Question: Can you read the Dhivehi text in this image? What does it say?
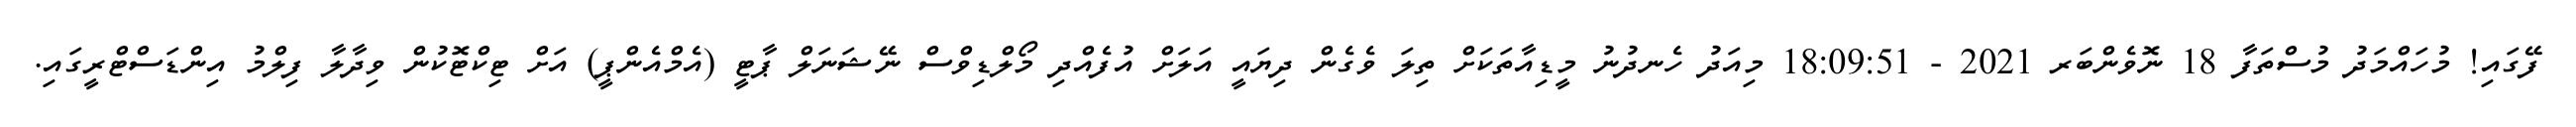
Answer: ފޭގައި! މުހައްމަދު މުސްތަފާ 18 ނޮވެންބަރ 2021 - 18:09:51 މިއަދު ހެނދުނު މީޑިއާތަކަށް ތިލަ ވެގެން ދިޔައީ އަލަށް އުފެއްދި މޯލްޑިވްސް ނޭޝަނަލް ޕާޓީ (އެމްއެންޕީ) އަށް ޓިކްޓޮކުން ވިދާލާ ފިލްމު އިންޑަސްޓްރީގައި.